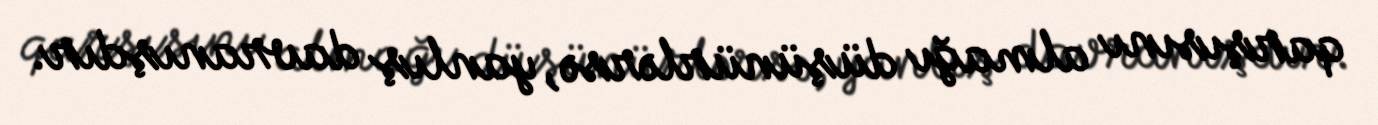
qarşısını almağı düşünürlərsə, yanlış davranışdır.